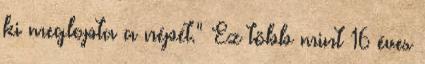
ki meglopta a népét." Ez több mint 16 éves